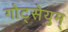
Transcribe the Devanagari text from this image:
गोट्सेयुम्